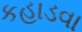
કહાડવા